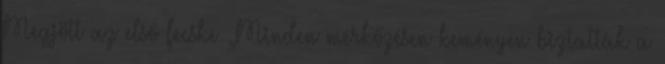
Megjött az első fecske „Minden mérkőzésen keményen biztatták a